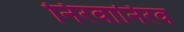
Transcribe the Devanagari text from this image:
निरवानिरव